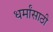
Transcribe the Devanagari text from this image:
धर्मांसाठी